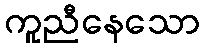
ကူညီနေသော